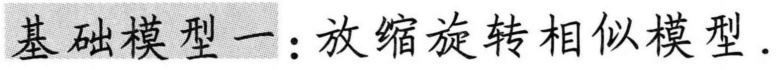
基础模型一：放缩旋转相似模型.